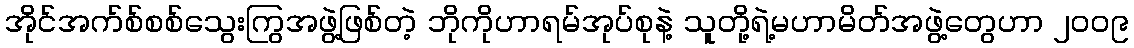
အိုင်အက်စ်စစ်သွေးကြွအဖွဲ့ဖြစ်တဲ့ ဘိုကိုဟာရမ်အုပ်စုနဲ့ သူတို့ရဲ့မဟာမိတ်အဖွဲ့တွေဟာ ၂၀၀၉